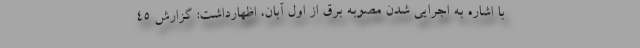
با اشاره به اجرایی شدن مصوبه برق از اول آبان، اظهارداشت: گزارش ۴۵